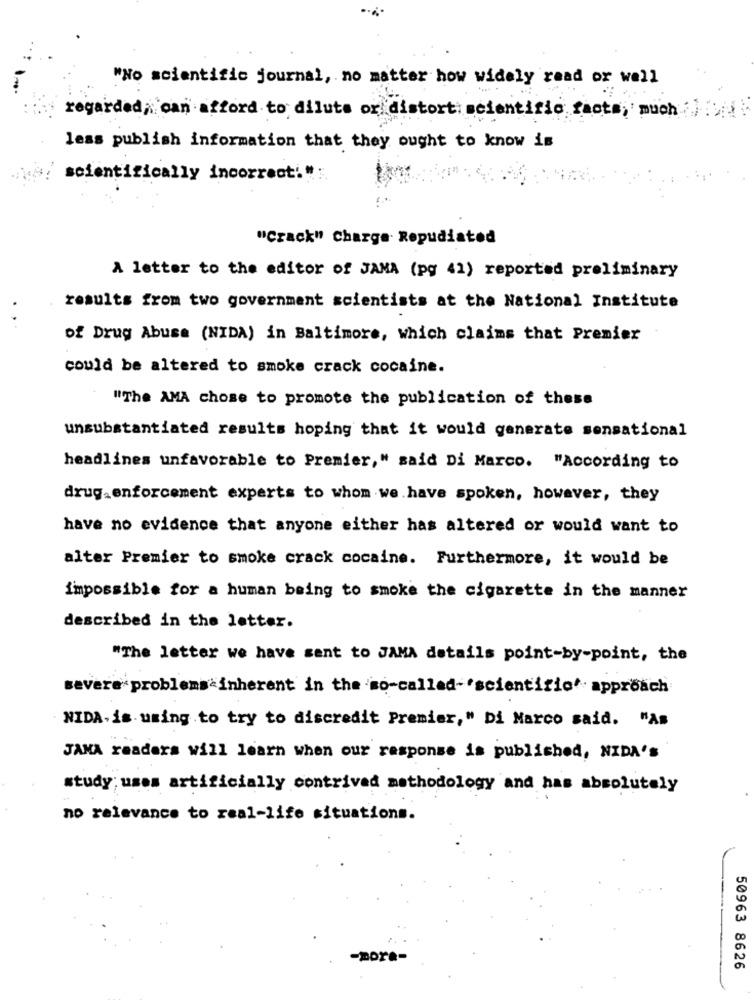
"No scientific journal, no matter how widely read or well
regarded, can afford to dilute or distort scientific facts, much
less publish information that they ought to know is
scientifically incorrect! ":
"Crack" charge Repudiated
A letter to the editor of JAMA (pg 41) reported preliminary
results from two government scientists at the National Institute
of Drug Abuse (NIDA) in Baltimore, which claims that Premier
could be altered to smoke crack cocaine.
"The AMA chose to promote the publication of these
unsubstantiated results hoping that it would generate sensational
headlines unfavorable to Premier," said Di Marco. "According to
drug enforcement experts to whom we have spoken, however, they
have no evidence that anyone either has altered or would want to
alter Premier to smoke crack cocaine. Furthermore, it would be
impossible for a human being to smoke the cigarette in the manner
described in the letter.
"The letter we have sent to JAMA details point-by-point, the
severe problems inherent in the so-called-"scientific" approach
NIDA.is using .to try to discredit Premier," Di Marco said. "As
JANA readers will learn when our response is published, NIDA'S
study;uses artificially contrived methodology and has absolutely
no relevance to real-life situations.
50963 8626